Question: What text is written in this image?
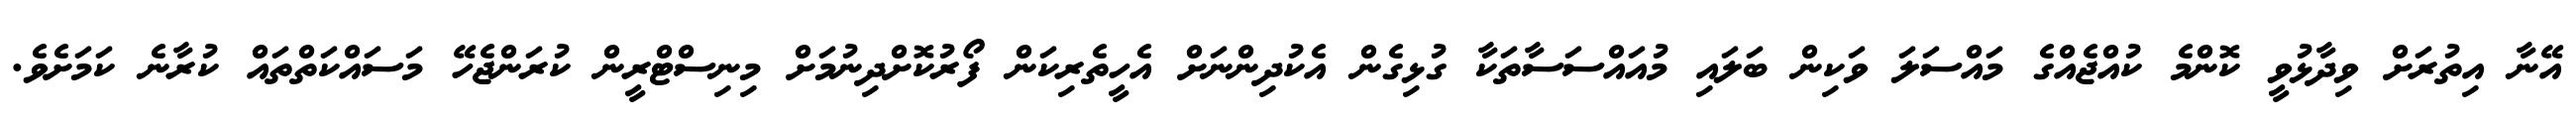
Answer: އޭނާ އިތުރަށް ވިދާޅުވީ ކޮންމެ ކުއްޖެއްގެ މައްސަލަ ވަކިން ބަލައި މުއައްސަސާތަކާ ގުޅިގެން އެކުދިންނަށް އެހީތެރިކަން ފޯރުކޮށްދިނުމަށް މިނިސްޓްރީން ކުރަންޖެހޭ މަސައްކަތްތައް ކުރާނެ ކަމަށެވެ.